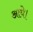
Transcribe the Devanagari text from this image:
आधे।